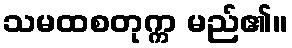
သမထစတုက္က မည်၏။